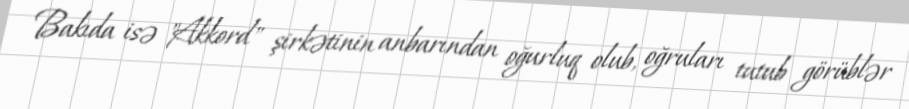
Bakıda isə "Akkord" şirkətinin anbarından oğurluq olub, oğruları tutub görüblər